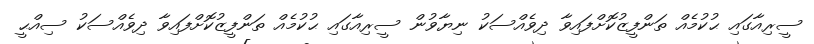
ސީރިއާގައި ޙުކުމެއް ތަންފީޒުކޮށްފައިވާ ދިވެއްސަކު ނިޔާވުން ސީރިއާގައި ޙުކުމެއް ތަންފީޒުކޮށްފައިވާ ދިވެއްސަކު ސިއްޙީ